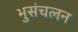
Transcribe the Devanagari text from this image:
भुसंचलन